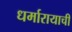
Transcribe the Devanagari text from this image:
धर्मारायाची